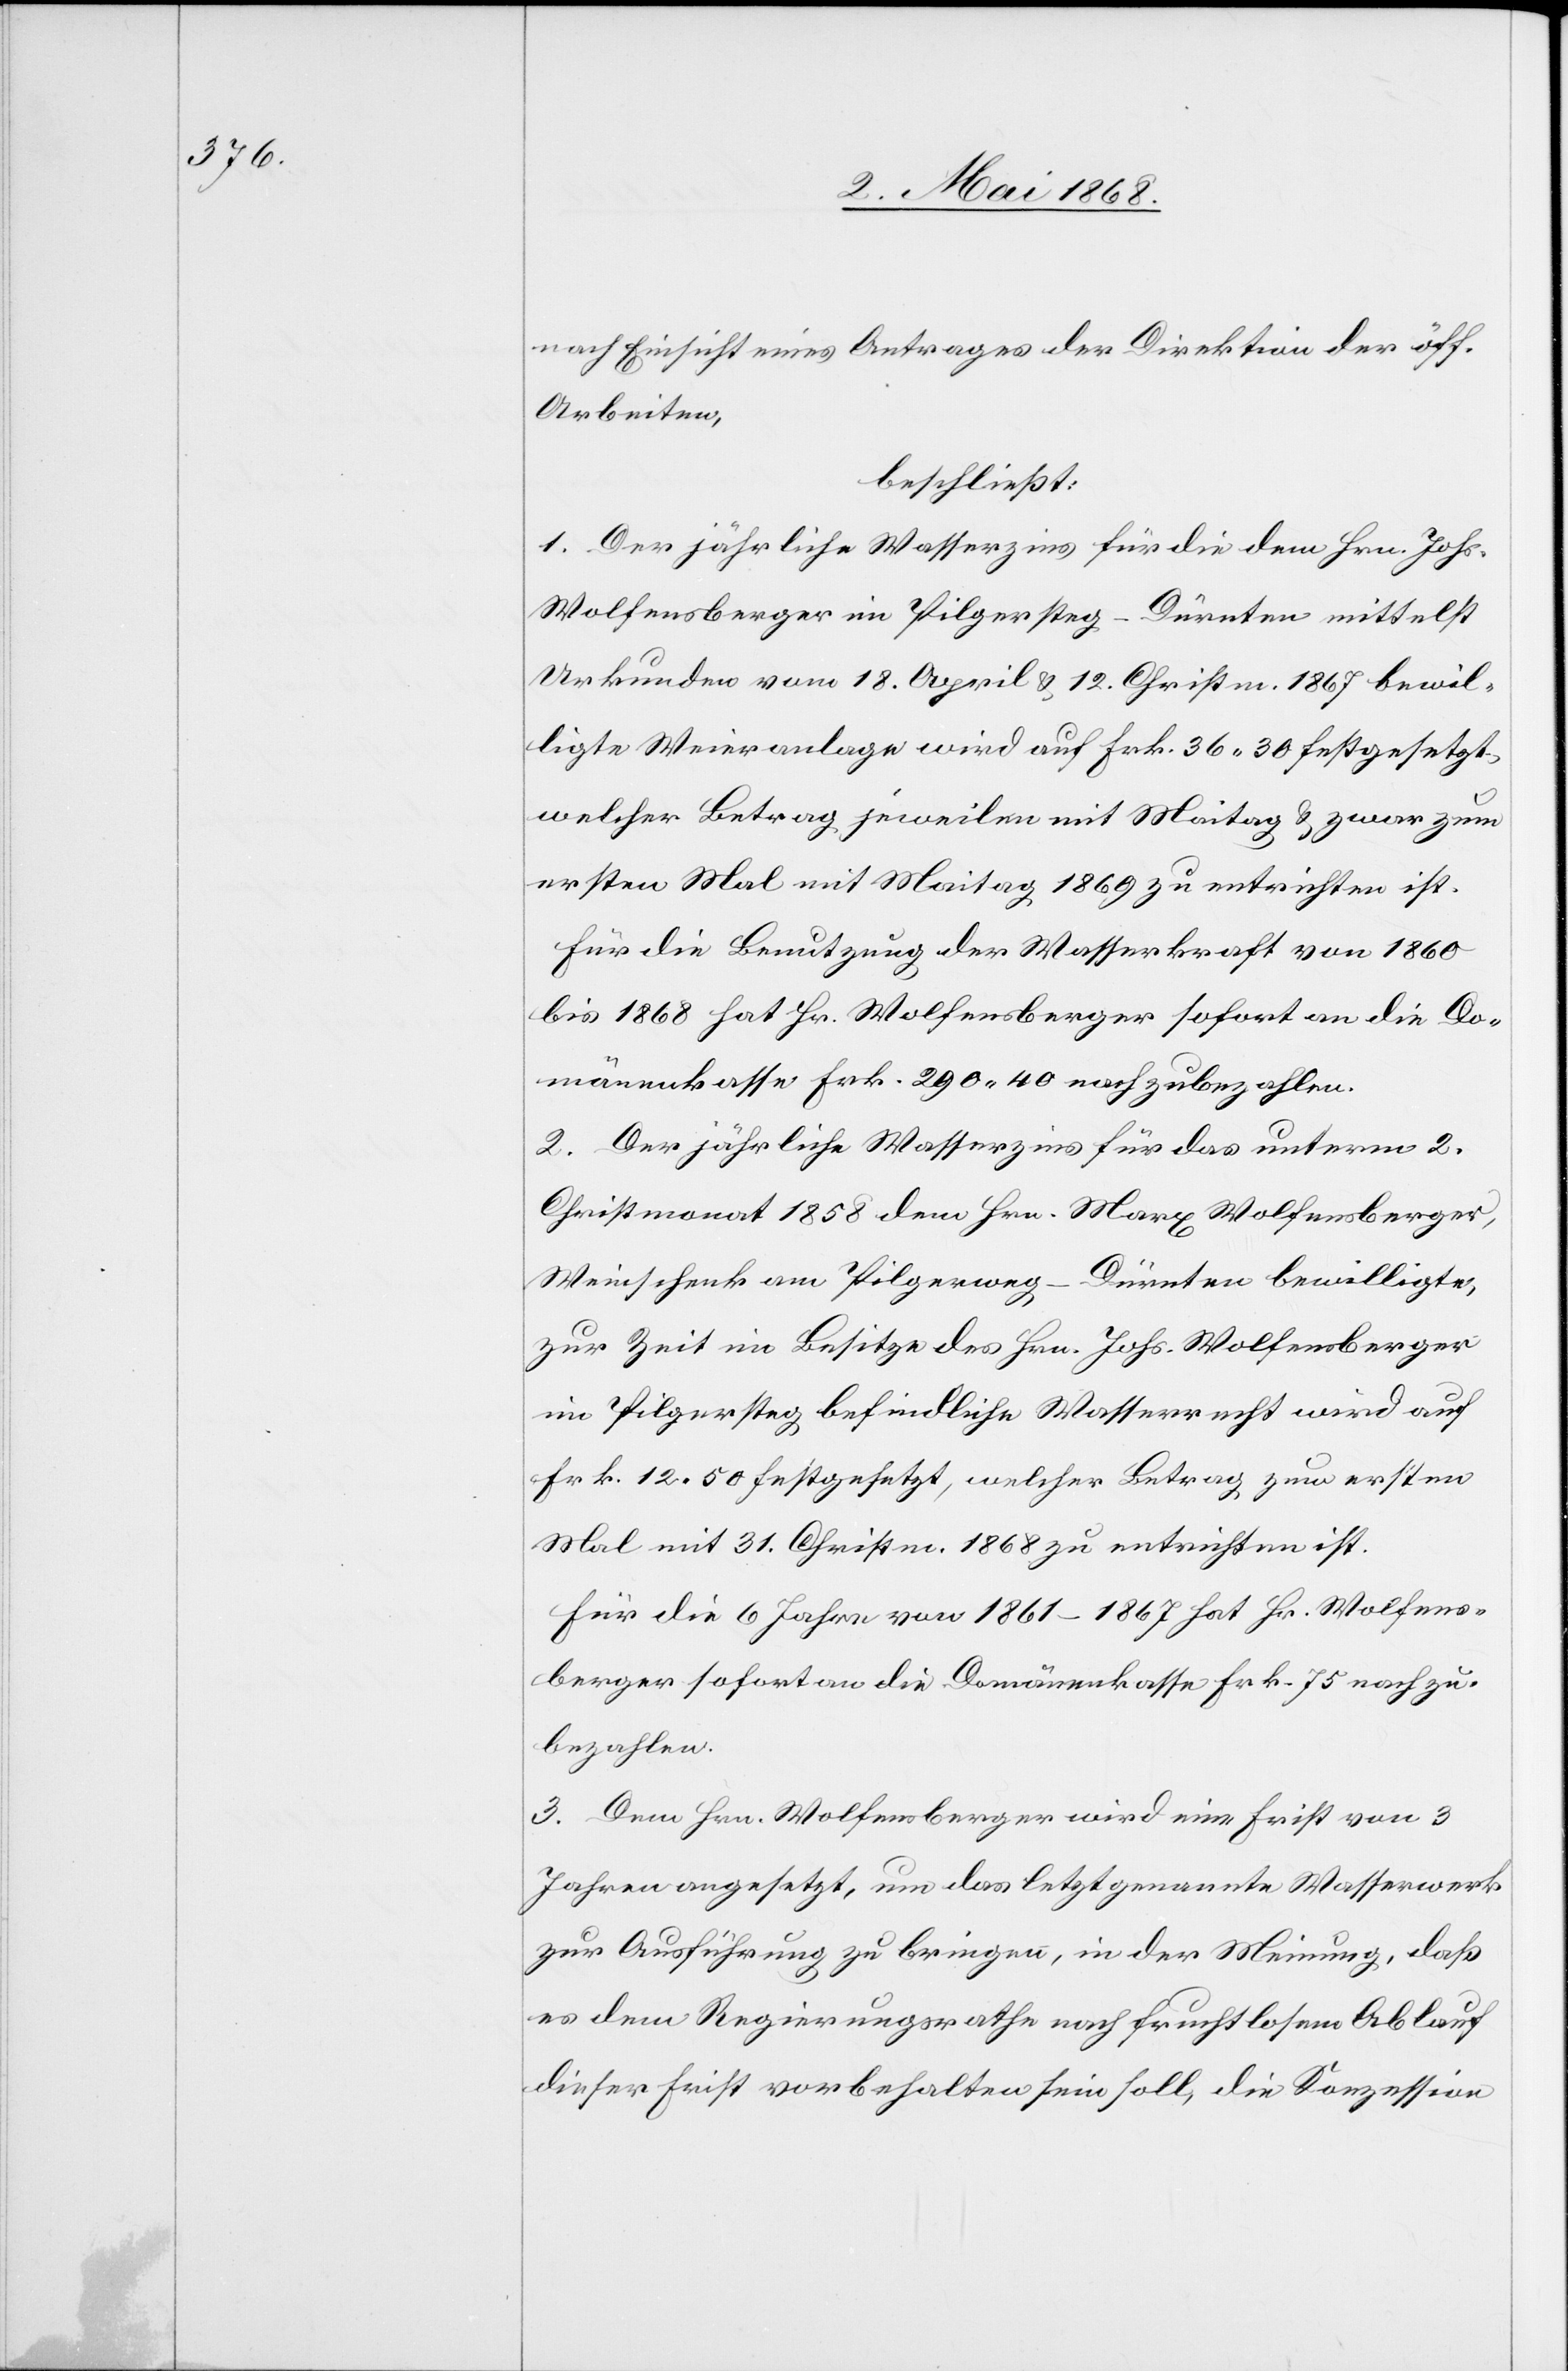
nach Einsicht eines Antrages der Direktion der öff.
Arbeiten,
beschließt:
1. Der jährliche Wasserzins für die dem Hrn. Johs.
Wolfensberger im Pilgersteg-Dürnten mittelst
Urkunden vom 18. April & 12. Christm. 1867 bewil¬
ligte Weieranlage wird auf Frk. 36. 30 festgesetzt
welcher Betrag jeweilen mit Maitag & zwar zum
ersten Mal mit Maitag 1869 zu entrichten ist.
Für die Benutzung der Wasserkraft von 1860
bis 1868 hat Hr. Wolfensberger sofort an die Do¬
mänenkasse Frk. 290. 40 nachzubezahlen.
2. Der jährliche Wasserzins für das unterm 2.
Christmonat 1858 dem Hrn. Marx Wolfensberger,
Weinschenk am Pilgerweg-Dürnten bewilligte,
zur Zeit im Besitze des Hrn. Johs. Wolfensberger
im Pilgersteg befindliche Wasserrecht wird auf
Frk. 12. 50 festgesetzt, welcher Betrag zum ersten
Mal mit 31. Christm. 1868 zu entrichten ist.
Für die 6 Jahre von 1861–1867 hat Hr. Wolfens¬
berger sofort an die Domänenkasse Frk. 75 nachzu¬
bezahlen.
3. Dem Hrn. Wolfensberger wird eine Frist von 3
Jahren angesetzt, um das letztgenannte Wasserwerk
zur Ausführung zu bringen, in der Meinung, daß
es dem Regierungsrathe nach fruchtlosem Ablauf
dieser Frist vorbehalten sein soll, die Konzession